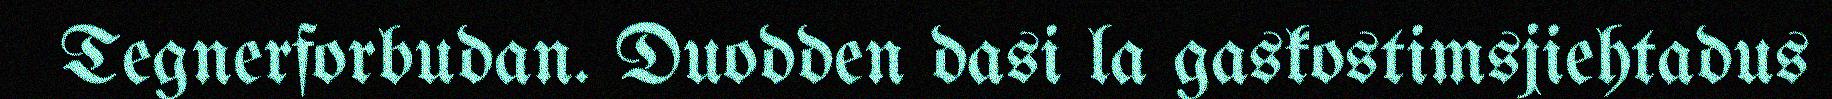
Tegnerforbudan. Duodden dasi la gaskostimsjiehtadus